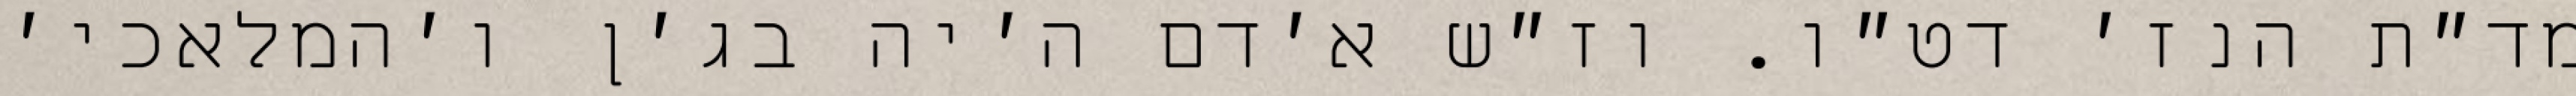
מד״ת הנז׳ דט״ו. וז״ש א׳דם ה׳יה בג׳ן ו׳המלאכי׳